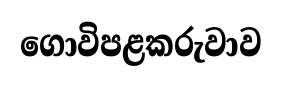
ගොවිපළකරුවාව